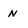
Character: N